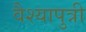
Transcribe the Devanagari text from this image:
वैश्यापुत्री